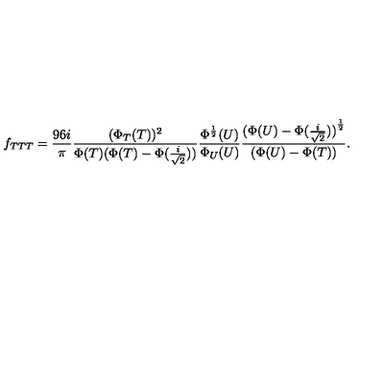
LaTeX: f _ { T T T } = \frac { 9 6 i } { \pi } \frac { ( \Phi _ { T } ( T ) ) ^ { 2 } } { \Phi ( T ) ( \Phi ( T ) - \Phi ( \frac { i } { \sqrt { 2 } } ) ) } \frac { \Phi ^ { \frac { 1 } { 2 } } ( U ) } { \Phi _ { U } ( U ) } \frac { { ( \Phi ( U ) - \Phi ( \frac { i } { \sqrt { 2 } } ) ) } ^ { \frac { 1 } { 2 } } } { ( \Phi ( U ) - \Phi ( T ) ) } .